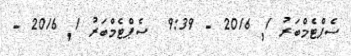
ސެޕްޓެމްބަރު 1